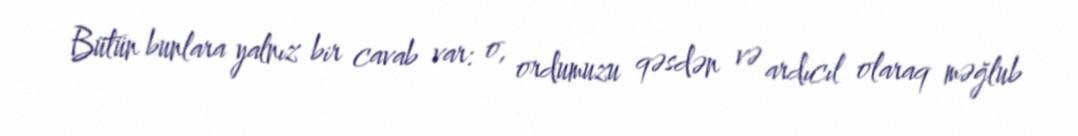
Bütün bunlara yalnız bir cavab var: o, ordumuzu qəsdən və ardıcıl olaraq məğlub